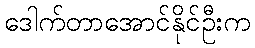
ဒေါက်တာအောင်နိုင်ဦးက